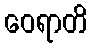
ဝေရာတိ